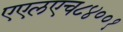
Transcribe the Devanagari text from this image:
एएलएच८४००१